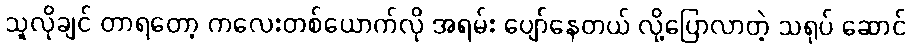
သူလိုချင် တာရတော့ ကလေးတစ်ယောက်လို အရမ်း ပျော်နေတယ် လို့ပြောလာတဲ့ သရုပ် ဆောင်